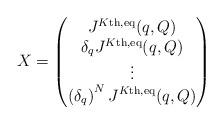
LaTeX: \begin{align*} X= \begin{pmatrix} J^{K\textnormal{th},\textnormal{eq}}(q,Q) \\ \delta_q J^{K\textnormal{th},\textnormal{eq}}(q,Q) \\ \vdots \\ \left( \delta_q \right)^N J^{K\textnormal{th},\textnormal{eq}}(q,Q) \end{pmatrix} \end{align*}